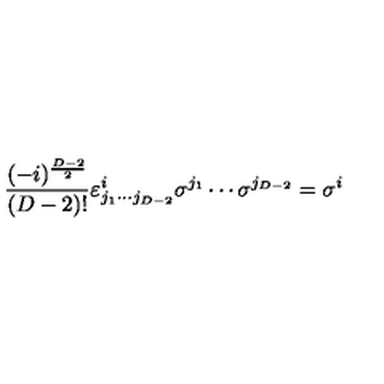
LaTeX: \frac { ( - i ) ^ { \frac { D - 2 } { 2 } } } { ( D - 2 ) ! } \varepsilon _ { j _ { 1 } \cdots j _ { D - 2 } } ^ { i } \sigma ^ { j _ { 1 } } \cdots \sigma ^ { j _ { D - 2 } } = \sigma ^ { i }